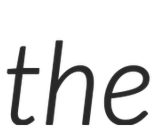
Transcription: the